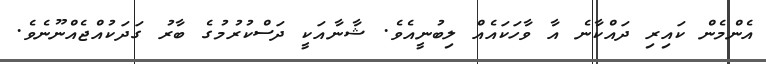
އެންމެން ކައިރި ދައްކާނެ އާ ވާހަކައެއް ލިބުނީއެވެ. ޝާނާއަކީ ދަސްކުރުމުގެ ބާރު ގަދަކުއްޖެއްނޫނެވެ.